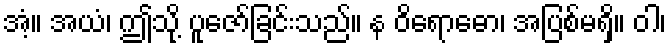
အံ့။ အယံ၊ ဤသို့ ပူဇော်ခြင်းသည်။ န ဝိရောဓော၊ အပြစ်မရှိ။ ဝါ၊